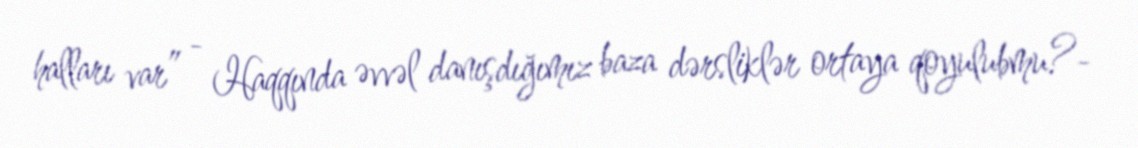
halları var” - Haqqında əvvəl danışdığımız baza dərsliklər ortaya qoyulubmu?-